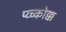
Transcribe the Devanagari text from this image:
प्य्च्कोक्क